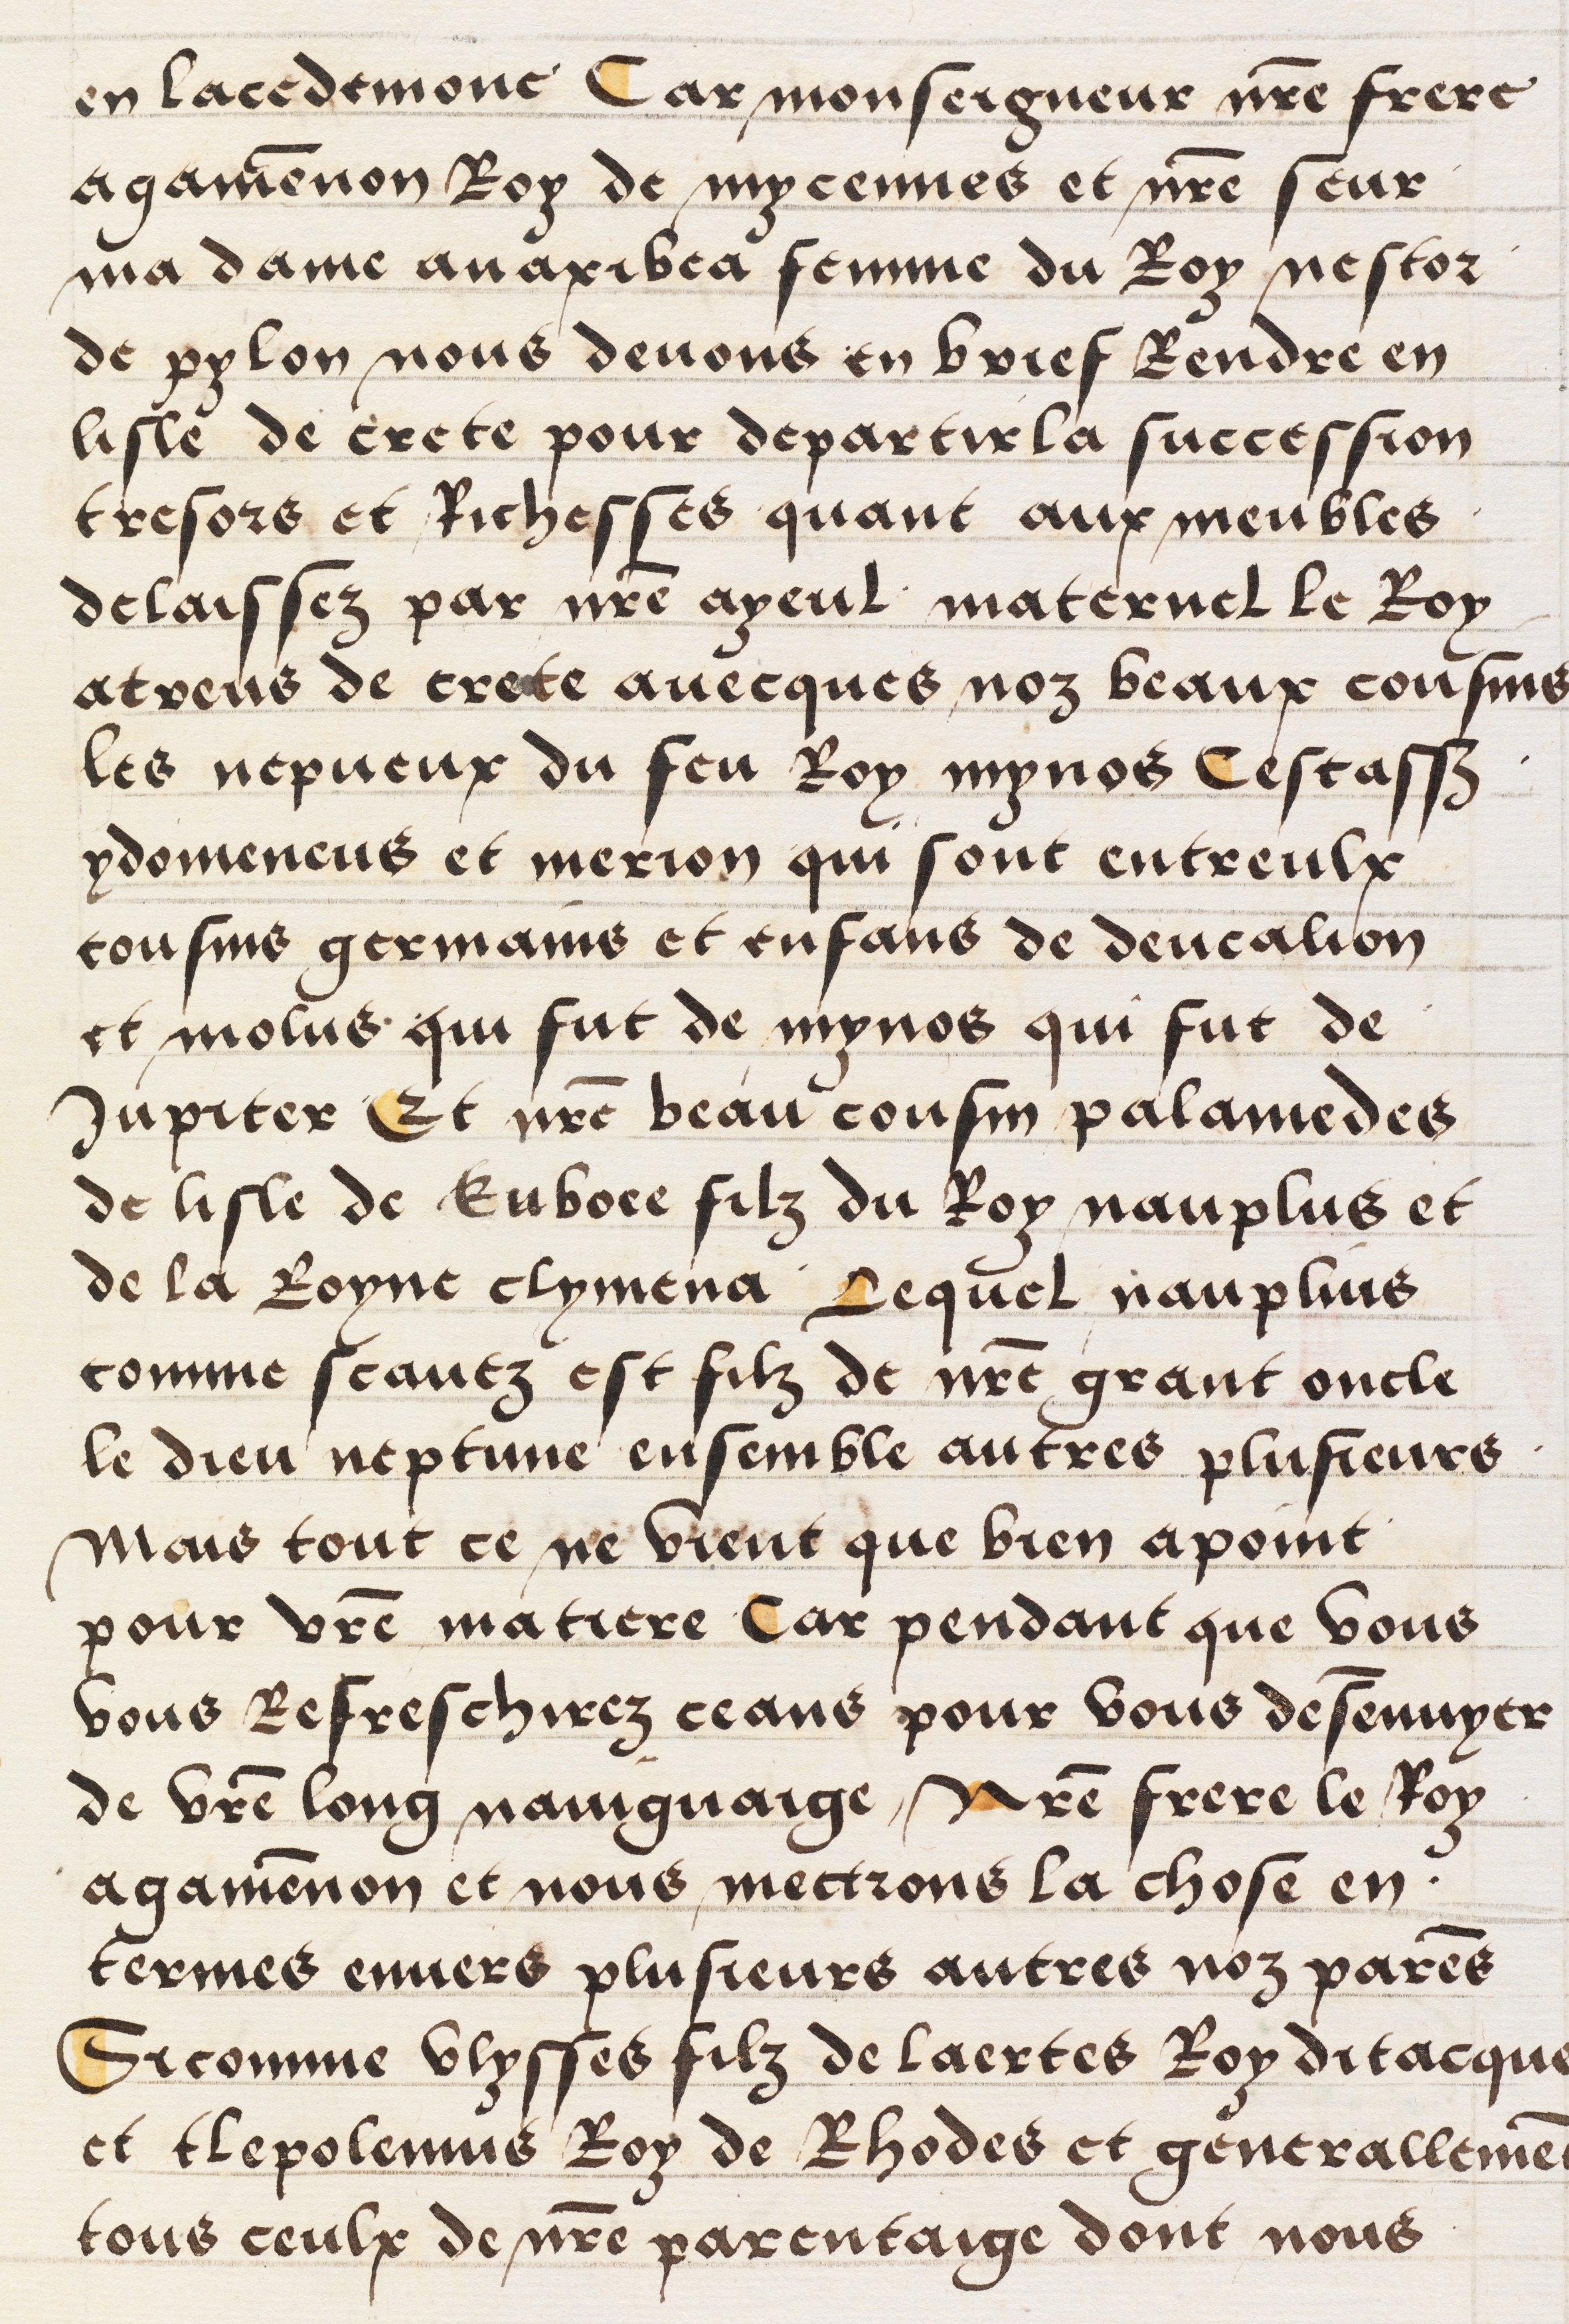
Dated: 1512–1524